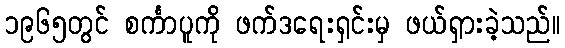
၁၉၆၅တွင် စင်္ကာပူကို ဖက်ဒရေးရှင်းမှ ဖယ်ရှားခဲ့သည်။